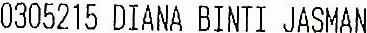
0305215 DIANA BINTI JASMAN